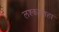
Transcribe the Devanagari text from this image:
लश्करशहा